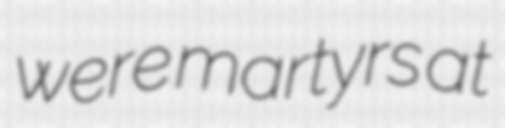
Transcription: were martyrs at